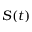
S ( t )